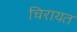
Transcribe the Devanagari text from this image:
चिरायत